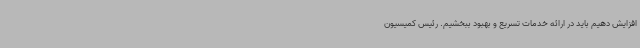
افزایش دهیم باید در ارائه خدمات تسریع و بهبود ببخشیم. رئیس کمیسیون